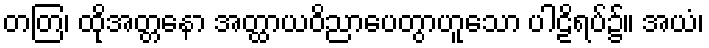
တတြ၊ ထိုအတ္တနော အတ္ထာယဝိညာပေတွာဟူသော ပါဠိရပ်၌။ အယံ၊